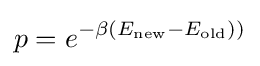
p=e^{-\beta (E_{\text{new}}-E_{\text{old}}))}